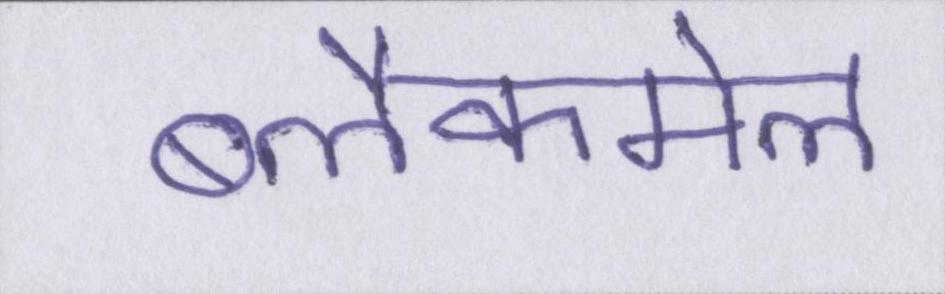
ब्लैकमेल